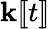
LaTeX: \mathbf{k}[\! [t]\! ]